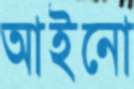
আইনো